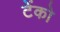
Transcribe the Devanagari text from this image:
टेंको